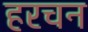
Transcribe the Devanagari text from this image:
हरचन